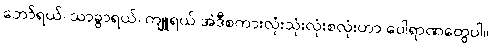
ဘော်ရယ်၊ သာခွာရယ်၊ ကျူရယ် အဲဒီစကားလုံးသုံးလုံးစလုံးဟာ ပေါရာဏတွေပါ။